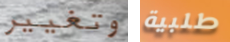
وتغيير طلبية